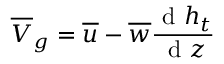
\overline { { V } } _ { g } = \overline { { u } } - \overline { { w } } \frac { \textnormal { d } h _ { t } } { \textnormal { d } z }